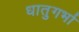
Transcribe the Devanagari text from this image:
धातुगर्भा